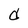
Character: d